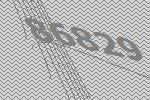
86829